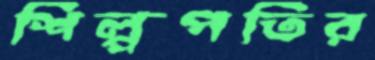
শিল্পপতির